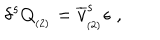
\delta ^ { s } Q _ { _ { ( 2 ) } } = \overline { { { v } } } _ { _ { ( 2 ) } } ^ { s } \epsilon \; ,